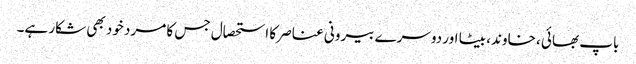
باپ بھائی ، خاوند، بیٹا اور دوسرے بیرونی عناصر کا استحصال جس کا مرد خود بھی شکار ہے۔